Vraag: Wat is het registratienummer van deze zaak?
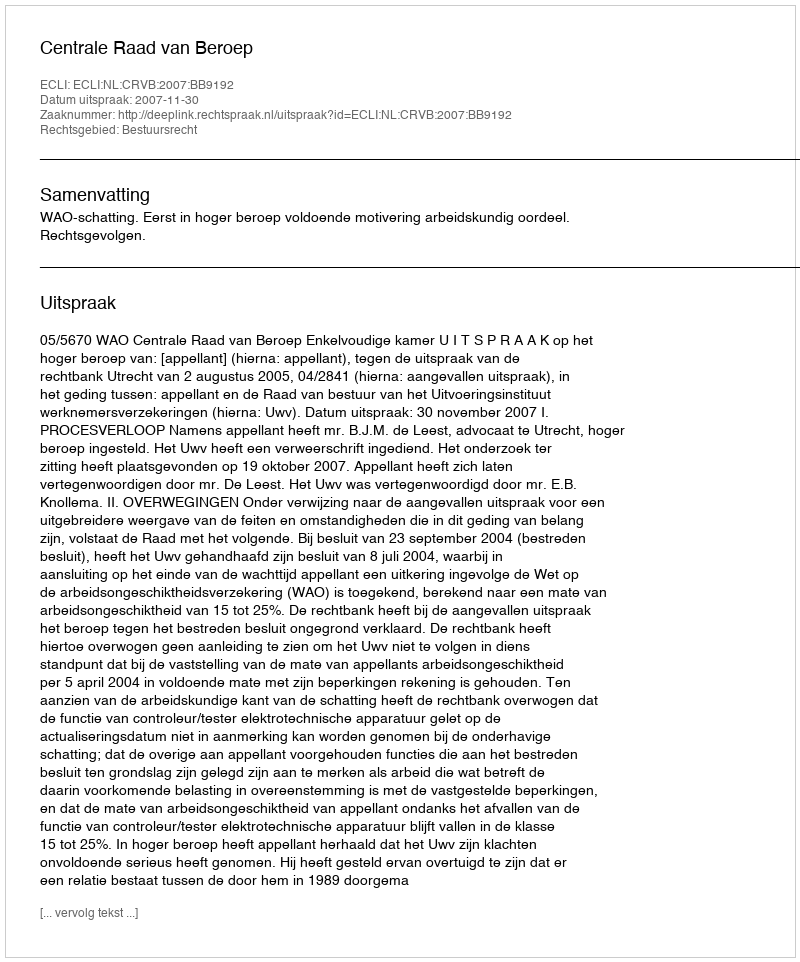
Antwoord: http://deeplink.rechtspraak.nl/uitspraak?id=ECLI:NL:CRVB:2007:BB9192